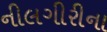
નીલગીરીના